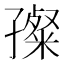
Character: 𡦞